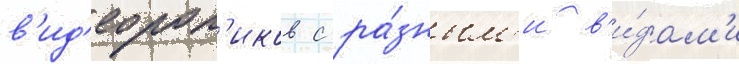
в'ид'еорол'иков с ра́зным'и в'и́дам'и